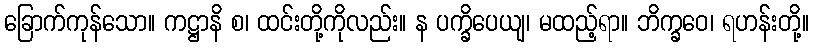
ခြောက်ကုန်သော။ ကဋ္ဌာနိ စ၊ ထင်းတို့ကိုလည်း။ န ပက္ခိပေယျ၊ မထည့်ရာ။ ဘိက္ခဝေ၊ ရဟန်းတို့။